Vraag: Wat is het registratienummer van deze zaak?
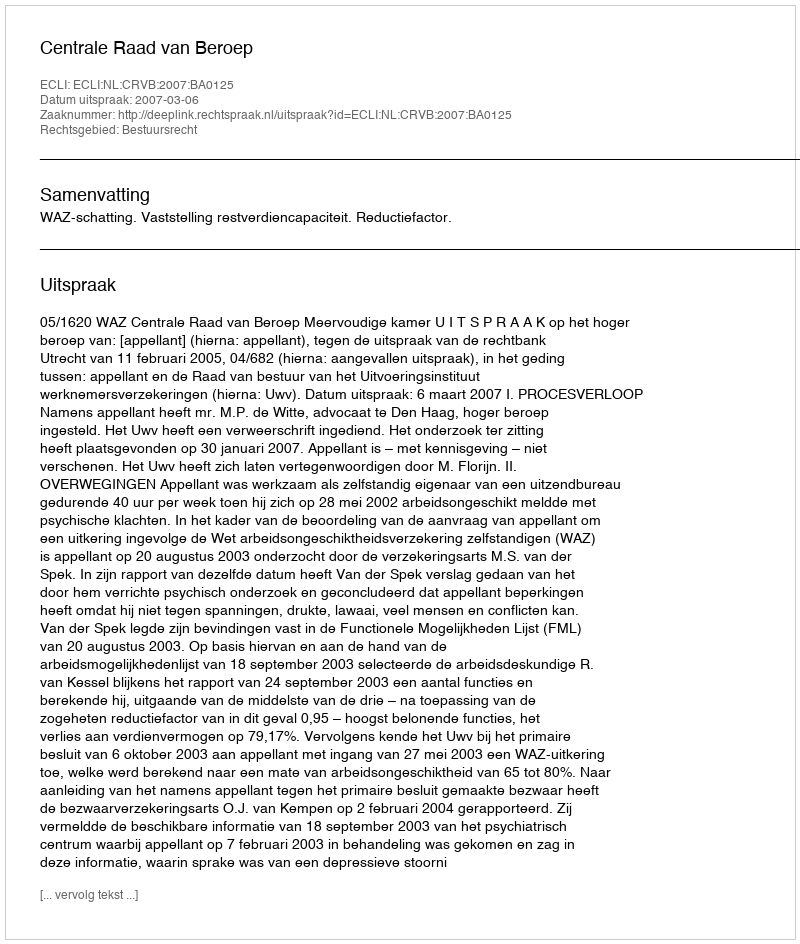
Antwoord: http://deeplink.rechtspraak.nl/uitspraak?id=ECLI:NL:CRVB:2007:BA0125